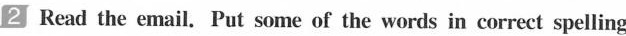
2 Read the email. Put some of the words in correct spelling